Annual report of the Imperial Bacteriological Laboratory, Muktesar
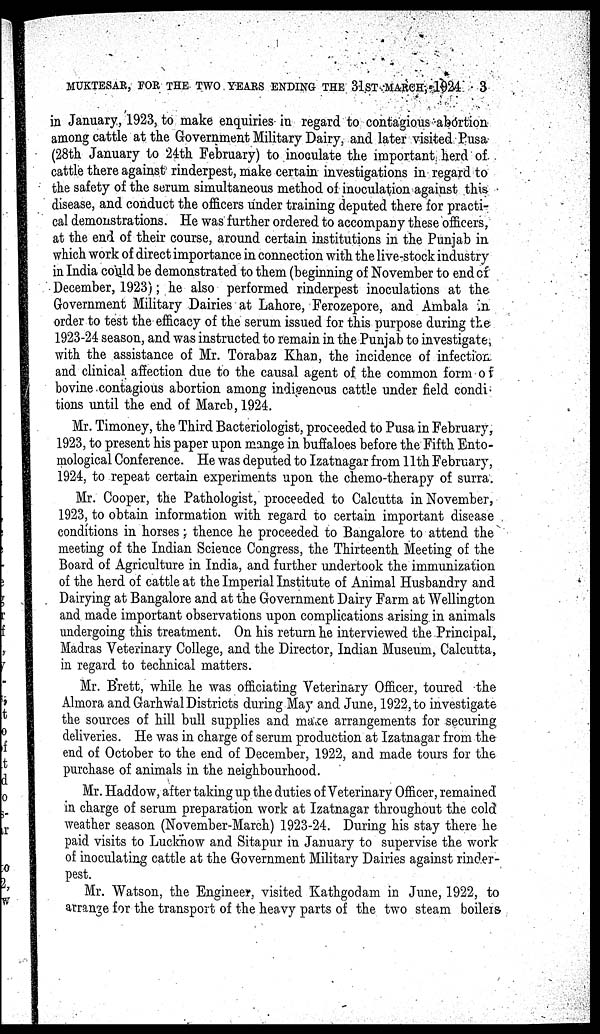
MUKTESAR, FOR THE TWO YEARS ENDING THE 31ST MARCH, 1924
3
in January, 1923, to make enquiries in regard to contagious abortion
among cattle at the Government Military Dairy, and later visited Pusa
(28th January to 24th February) to inoculate the important herd of
cattle there against rinderpest, make certain investigations in regard to
the safety of the serum simultaneous method of inoculation against this
disease, and conduct the officers under training deputed there for practi-
cal demonstrations. He was further ordered to accompany these officers,
at the end of their course, around certain institutions in the Punjab in
which work of direct importance in connection with the live-stock industry
in India could be demonstrated to them (beginning of November to end of
December, 1923); he also performed rinderpest inoculations at the
Government Military Dairies at Lahore, Ferozepore, and Ambala in
order to test the efficacy of the serum issued for this purpose during the
1923-24 season, and was instructed to remain in the Punjab to investigate,
with the assistance of Mr. Torabaz Khan, the incidence of infection
and clinical affection due to the causal agent of the common form of
bovine contagious abortion among indigenous cattle under field condi-
tions until the end of March, 1924.
Mr. Timoney, the Third Bacteriologist, proceeded to Pusa in February,
1923, to present his paper upon mange in buffaloes before the Fifth Ento-
mological Conference. He was deputed to Izatnagar from 11th February,
1924, to repeat certain experiments upon the chemo-therapy of surra.
Mr. Cooper, the Pathologist, proceeded to Calcutta in November,
1923, to obtain information with regard to certain important disease
conditions in horses ; thence he proceeded to Bangalore to attend the
meeting of the Indian Science Congress, the Thirteenth Meeting of the
Board of Agriculture in India, and further undertook the immunization
of the herd of cattle at the Imperial Institute of Animal Husbandry and
Dairying at Bangalore and at the Government Dairy Farm at Wellington
and made important observations upon complications arising in animals
undergoing this treatment. On his return he interviewed the Principal,
Madras Veterinary College, and the Director, Indian Museum, Calcutta,
in regard to technical matters.
Mr. Brett, while he was officiating Veterinary Officer, toured the
Almora and Garhwal Districts during May and June, 1922, to investigate
the sources of hill bull supplies and make arrangements for securing
deliveries. He was in charge of serum production at Izatnagar from the
end of October to the end of December, 1922, and made tours for the
purchase of animals in the neighbourhood.
Mr. Haddow, after taking up the duties of Veterinary Officer, remained
in charge of serum preparation work at Izatnagar throughout the cold
weather season (November-March) 1923-24. During his stay there he
paid visits to Lucknow and Sitapur in January to supervise the work
of inoculating cattle at the Government Military Dairies against rinder-
pest.
Mr. Watson, the Engineer, visited Kathgodam in June, 1922, to
arrange for the transport of the heavy parts of the two steam boilers